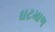
ઘટમાળ